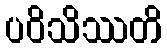
ပဝိသိဿတိ